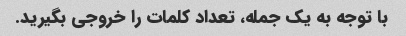
با توجه به یک جمله، تعداد کلمات را خروجی بگیرید.